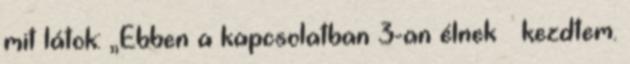
mit látok: „Ebben a kapcsolatban 3-an élnek – kezdtem.